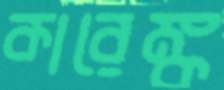
কারেঙ্ক